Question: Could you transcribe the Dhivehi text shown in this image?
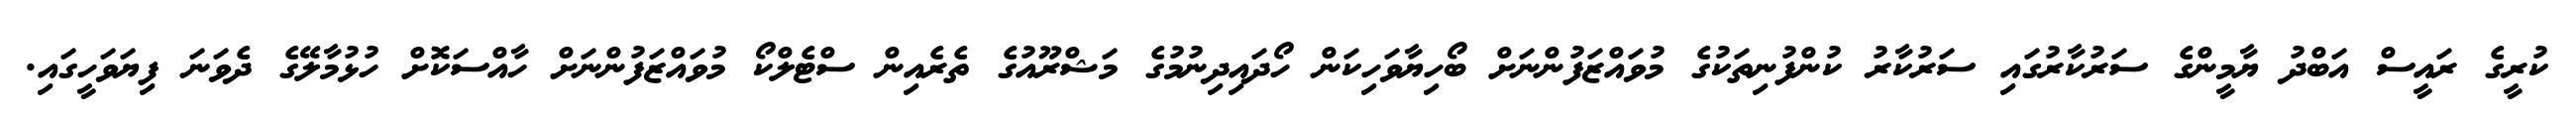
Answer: ކުރީގެ ރައީސް އަބްދު ޔާމީންގެ ސަރުކާރުގައި ސަރުކާރު ކުންފުނިތަކުގެ މުވައްޒަފުންނަށް ބޯހިޔާވަހިކަން ހޯދައިދިނުމުގެ މަޝްރޫއުގެ ތެރެއިން ސްޓެލްކޯ މުވައްޒަފުންނަށް ހާއްސަކޮށް ހުޅުމާލޭގެ ދެވަނަ ފިޔަވަހީގައި.